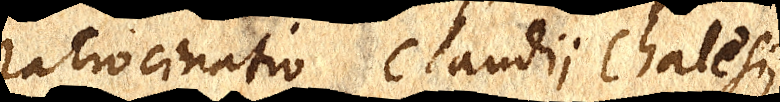
ratiocinatio Claudii Chalesii